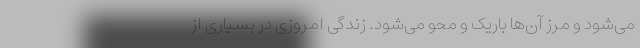
می‌شود و مرز آن‌ها باریک و محو می‌شود. زندگی امروزی در بسیاری از